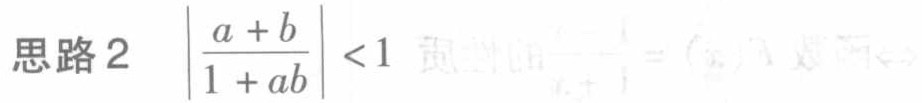
思路2 $\left|\frac{a + b}{1 + ab}\right| < 1$